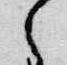
之